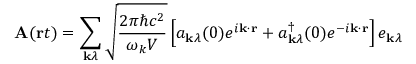
\mathbf { A } ( \mathbf { r } t ) = \sum _ { \mathbf { k } \lambda } { \sqrt { \frac { 2 \pi \hbar c ^ { 2 } } { \omega _ { k } V } } } \left[ a _ { \mathbf { k } \lambda } ( 0 ) e ^ { i \mathbf { k } \cdot \mathbf { r } } + a _ { \mathbf { k } \lambda } ^ { \dagger } ( 0 ) e ^ { - i \mathbf { k } \cdot \mathbf { r } } \right] e _ { \mathbf { k } \lambda }